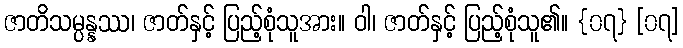
ဇာတိသမ္ပန္နဿ၊ ဇာတ်နှင့် ပြည့်စုံသူအား။ ဝါ၊ ဇာတ်နှင့် ပြည့်စုံသူ၏။ {၀၇} [၀၇]